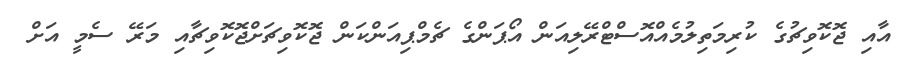
އާއި ޖޮކޮވިޗުގެ ކުރިމަތިލުމެއްއޮސްޓްރޭލިއަން އޯޕަންގެ ޗެމްޕިއަންކަން ޖޮކޮވިޗަށްޖޮކޮވިޗާއި މަރޭ ސެމީ އަށް